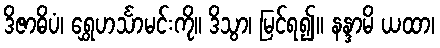
ဒိဇာဓိပံ၊ ရွှေဟင်္သာမင်းကို။ ဒိသွာ၊ မြင်ရ၍။ နန္ဒာမိ ယထာ၊